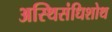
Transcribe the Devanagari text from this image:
अस्थिसंधिशोथ